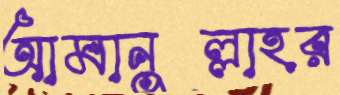
আমানুল্লাহর